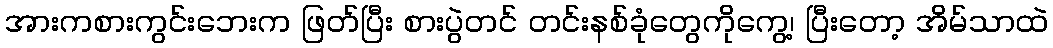
အားကစားကွင်းဘေးက ဖြတ်ပြီး စားပွဲတင် တင်းနစ်ခုံတွေကိုကွေ့၊ ပြီးတော့ အိမ်သာထဲ